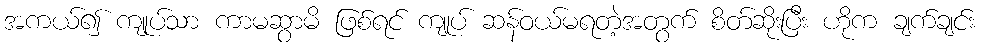
အကယ်၍ ကျုပ်သာ ကာမဆွာမိ ဖြစ်ရင် ကျုပ် ဆန်ဝယ်မရတဲ့အတွက် စိတ်ဆိုးပြီး ဟိုက ချက်ချင်း